Report on the lunatic asylums under the Government of Bombay - 1904-1913
Year: 1904
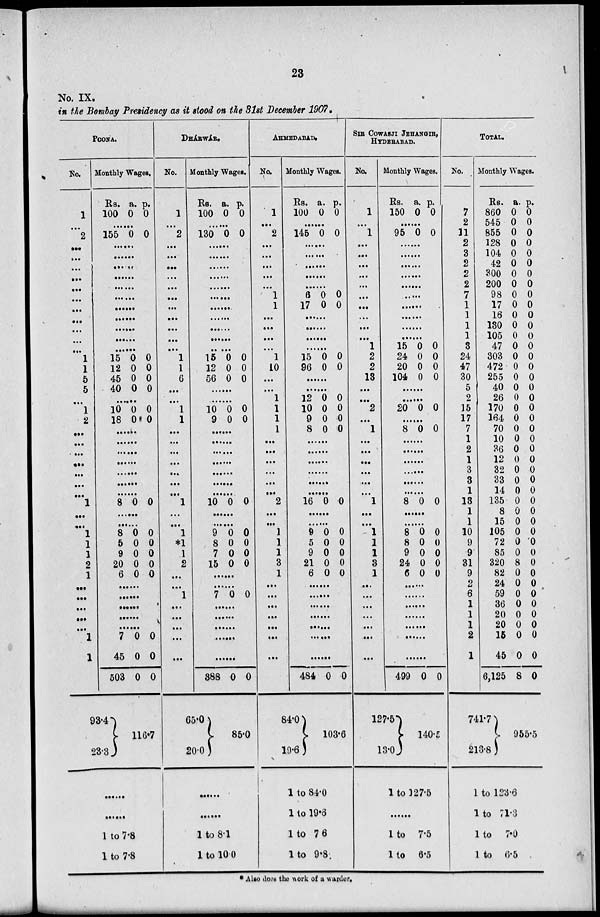
23
No. IX.
in the Bombay Presidency as it stood on the 31st December 1907.
POONA.
No.
1
...
2
...
...
...
...
...
...
...
...
...
...
...
1
1
5
5
...
1
2
...
...
...
...
...
...
...
1
...
...
1
1
1
2
1
...
...
...
...
...
1
1
Monthly Wages.
Rs.
100
a.
0
p.
0
......
155 0 0
......
......
......
......
......
......
......
......
......
......
......
15
12
45
40
0
0
0
0
0
0
0
0
......
10
18
0
0
0
0
......
......
......
......
......
......
......
8 0 0
......
......
8
5
9
20
6
0
0
0
0
0
0
0
0
0
0
......
......
......
......
......
7
45
503
93.4
23.3
0
0
0
0
0
0
116.7
......
......
1 to 7.8
1 to 7.8
DHÁRWÁR.
No.
1
...
2
...
...
...
...
...
...
...
...
...
...
...
1
1
6
...
...
1
1
...
...
...
...
...
...
...
1
...
...
1
*1
1
2
...
...
1
...
...
...
...
...
Monthly Wages.
Rs.
100
a.
0
p.
0
......
130 0 0
......
......
......
......
......
......
......
......
......
......
......
15
12
56
0
0
0
0
0
0
......
......
10
9
0
0
0
0
......
......
......
......
......
......
......
10 0 0
......
......
9
8
7
15
0
0
0
0
0
0
0
0
......
......
7 0 0
......
......
......
......
......
388
65.0
20.0
0 0
85.0
......
......
1 to 8.1
1 to 10.0
AHMEDABAD.
No.
1
...
2
...
...
...
...
...
1
1
...
...
...
...
1
10
...
...
1
1
1
1
...
...
...
...
...
...
2
...
...
1
1
1
3
1
...
...
...
...
...
...
...
Monthly Wages.
Rs.
100
a.
0
p.
0
......
145 0 0
......
......
......
......
......
6
17
0
0
0
0
......
......
......
......
15
96
0
0
0
0
......
......
12
10
9
8
0
0
0
0
0
0
0
0
......
......
......
......
......
......
16 0 0
......
......
9
5
9
21
6
0
0
0
0
0
0
0
0
0
0
......
......
......
......
......
......
......
484
84.0
19.6
0 0
103.6
1 to 84.0
1 to 19.6
1 to 7.6
1 to 9.8
SIR COWASJI JEHANGIR,
HYDERABAD.
No.
1
...
1
...
...
...
...
...
...
...
...
...
...
1
2
2
13
...
...
2
...
1
...
...
...
...
...
...
1
...
...
1
1
1
3
1
...
...
...
...
...
...
...
Monthly Wages.
Rs.
150
a.
0
p.
0
......
95 0 0
......
......
......
......
......
.
......
......
......
......
15
24
20
104
0
0
0
0
0
0
0
0
......
......
20 0 0
......
8 0 0
......
......
......
......
......
......
8 0 0
......
8
8
9
24
6
0
0
0
0
0
0
0
0
0
0
......
......
......
......
......
......
......
499
127.5
13.0
0 0
140.5
1 to 127.5
......
1 to 7.5
1 to 6.5
TOTAL.
No.
7
2
11
2
3
2
2
2
7
1
1
1
1
3
24
47
30
5
2
15
17
7
1
2
1
3
3
1
13
1
1
10
9
9
31
9
2
6
1
1
1
2
1
Monthly Wages.
Rs.
860
545
855
128
104
42
300
200
98
17
16
130
105
47
303
472
255
40
26
170
164
70
10
36
12
32
33
14
135
8
15
105
72
85
320
82
24
59
36
20
20
15
45
6,125
741.7
213.8
a.
0
0
0
0
0
0
0
0
0
0
0
0
0
0
0
0
0
0
0
0
0
0
0
0
0
0
0
0
0
0
0
0
0
0
8
0
0
0
0
0
0
0
0
8
p.
0
0
0
0
0
0
0
0
0
0
0
0
0
0
0
0
0
0
0
0
0
0
0
0
0
0
0
0
0
0
0
0
0
0
0
0
0
0
0
0
0
0
0
0
955.5
1 to 123.6
1 to 71.3
1 to 7.0
1 to 6.5
* Also does the work of a warder.